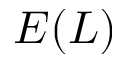
E ( L )